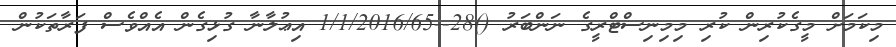
މިކަމަށް މީގެކުރިން ކުރި މިމިނިސްޓްރީގެ ނަންބަރު ()28--1/1/2016/65 އިޢުލާނާ ގުޅިގެން އެއްވެސް ފަރާތަކުން